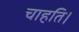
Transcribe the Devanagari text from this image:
चाहति।